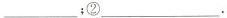
___；②___.